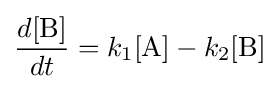
{\frac {d[{\ce {B}}]}{dt}}=k_{1}[{\ce {A}}]-k_{2}[{\ce {B}}]